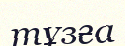
тұзға